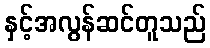
နှင့်အလွန်ဆင်တူသည်